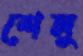
শেলু